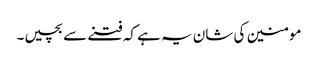
مومنین کی شان یہ ہے کہ فتنے سے بچیں۔